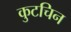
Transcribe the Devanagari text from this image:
कुटचिन